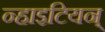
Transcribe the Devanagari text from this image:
न्हाइटियन्